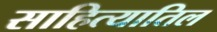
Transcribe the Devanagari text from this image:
साहित्यातिल